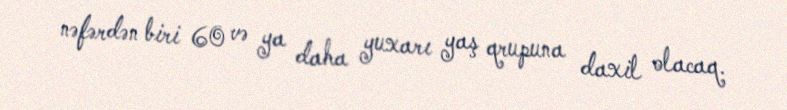
nəfərdən biri 60 və ya daha yuxarı yaş qrupuna daxil olacaq.